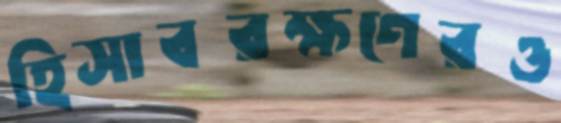
হিসাবরক্ষণেরও